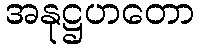
အနုဋ္ဌဟတော